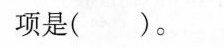
项是( )。